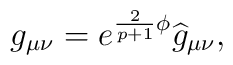
g_{\mu \nu }=e^{\frac{2}{p+1}\phi }\widehat{g}_{\mu \nu },